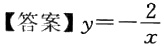
【答案】$y = -\frac{2}{x}$